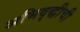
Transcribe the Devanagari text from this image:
अभिवृद्धीची